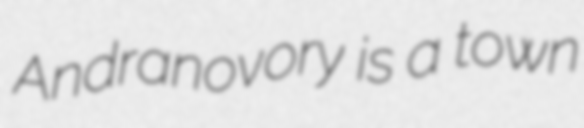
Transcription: Andranovory is a town